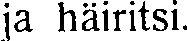
ja häiritsi.